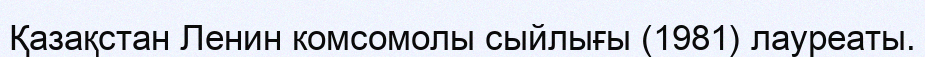
Қазақстан Ленин комсомолы сыйлығы (1981) лауреаты.